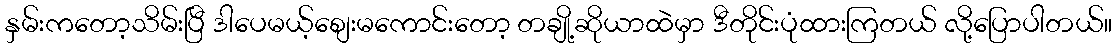
နှမ်းကတော့သိမ်းပြီ ဒါပေမယ့်စျေးမကောင်းတော့ တချို့ဆိုယာထဲမှာ ဒီတိုင်းပုံထားကြတယ် လို့ပြောပါတယ်။